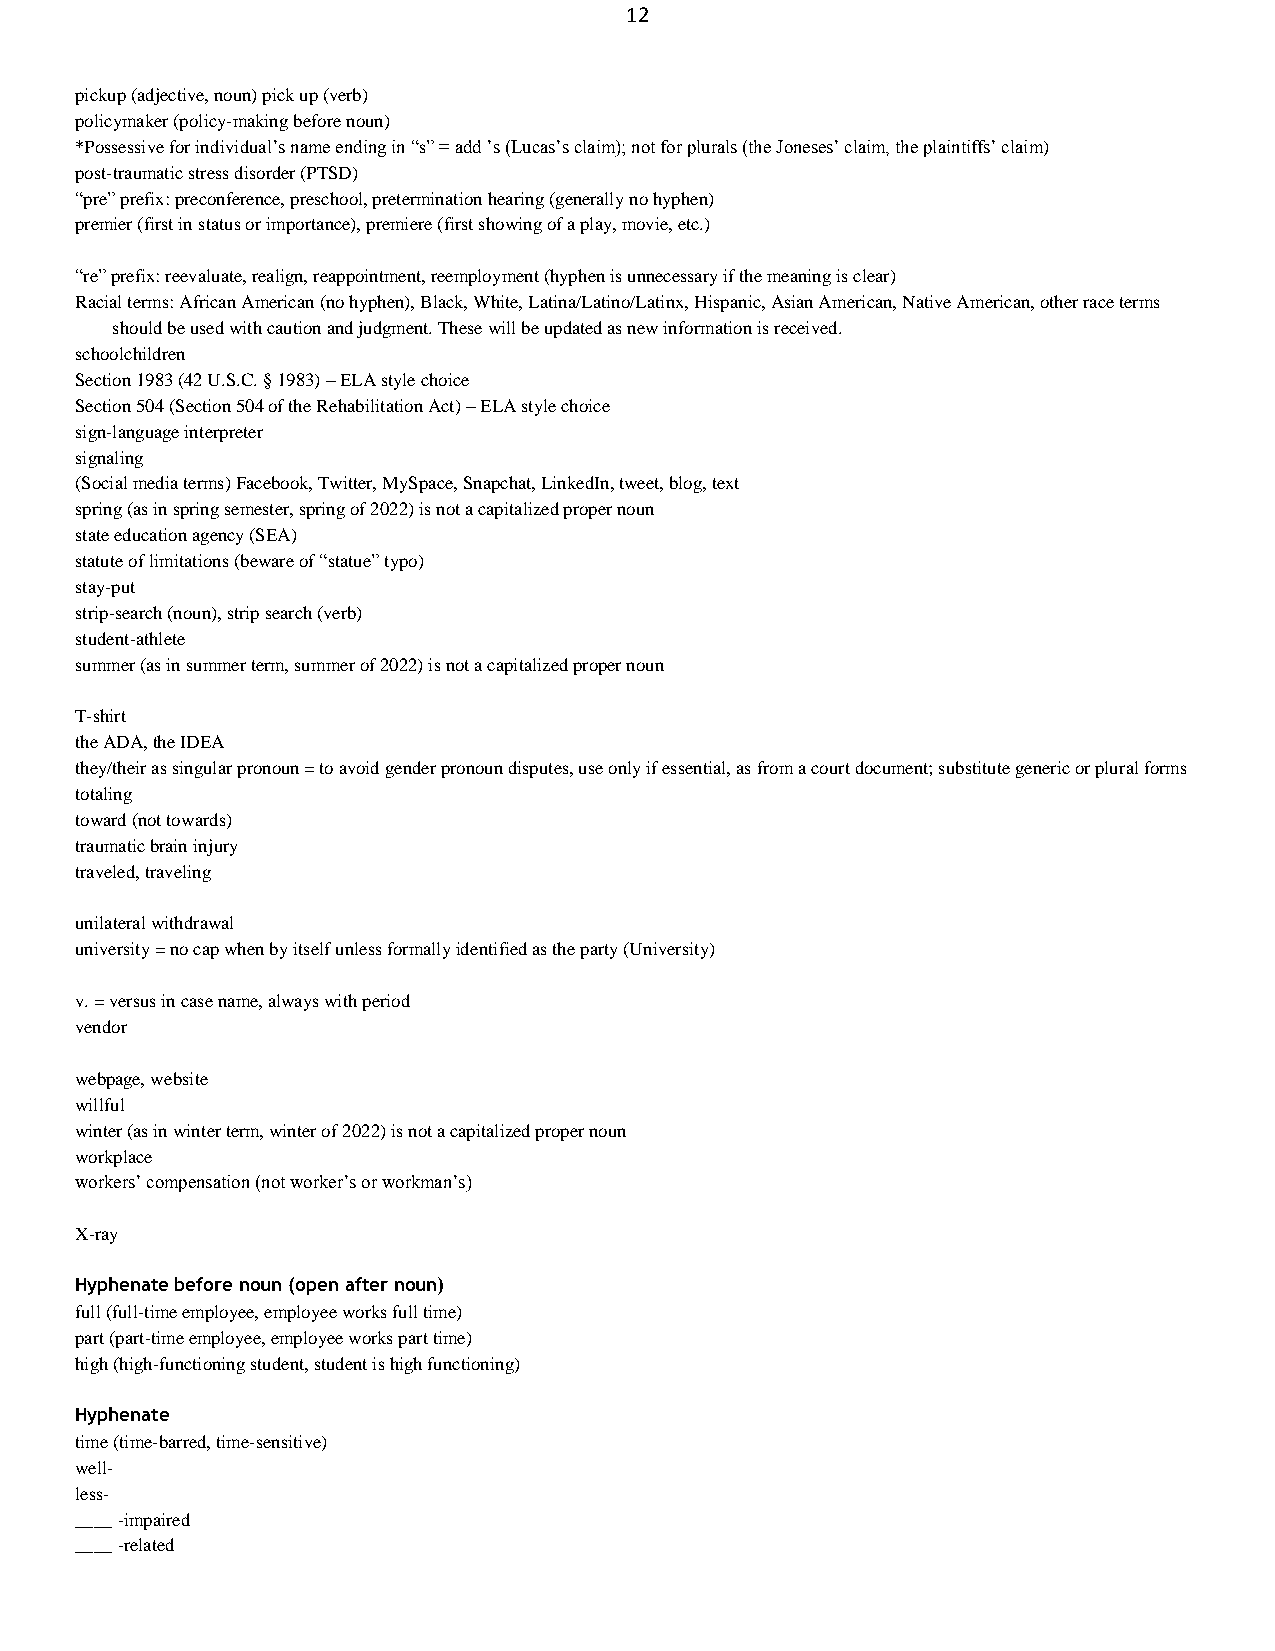
12
 pickup (adjective, noun) pick up (verb)
 policymaker (policy-making before noun)
 *Possessive for individual’s name ending in ―s‖ = add ’s (Lucas’s claim); not for plurals (the Joneses’ claim, the plaintiffs’ claim)
 post-traumatic stress disorder (PTSD)
 ―pre‖ prefix: preconference, preschool, pretermination hearing (generally no hyphen)
 premier (first in status or importance), premiere (first showing of a play, movie, etc.)
 ―re‖ prefix: reevaluate, realign, reappointment, reemployment (hyphen is unnecessary if the meaning is clear)
 Racial terms: African American (no hyphen), Black, White, Latina/Latino/Latinx, Hispanic, Asian American, Native American, other race terms
 should be used with caution and judgment. These will be updated as new information is received.
 schoolchildren
 Section 1983 (42 U.S.C. § 1983) – ELA style choice
 Section 504 (Section 504 of the Rehabilitation Act) – ELA style choice
 sign-language interpreter
 signaling
 (Social media terms) Facebook, Twitter, MySpace, Snapchat, LinkedIn, tweet, blog, text
 spring (as in spring semester, spring of 2022) is not a capitalized proper noun
 state education agency (SEA)
 statute of limitations (beware of ―statue‖ typo)
 stay-put
 strip-search (noun), strip search (verb)
 student-athlete
 summer (as in summer term, summer of 2022) is not a capitalized proper noun
 T-shirt
 the ADA, the IDEA
 they/their as singular pronoun = to avoid gender pronoun disputes, use only if essential, as from a court document; substitute generic or plural forms
 totaling
 toward (not towards)
 traumatic brain injury
 traveled, traveling
 unilateral withdrawal
 university = no cap when by itself unless formally identified as the party (University)
 v. = versus in case name, always with period
 vendor
 webpage, website
 willful
 winter (as in winter term, winter of 2022) is not a capitalized proper noun
 workplace
 workers’ compensation (not worker’s or workman’s)
 X-ray
 Hyphenate before noun (open after noun)
 full (full-time employee, employee works full time)
 part (part-time employee, employee works part time)
 high (high-functioning student, student is high functioning)
 Hyphenate
 time (time-barred, time-sensitive)
 well-
 less-
 ____ -impaired
 ____ -related